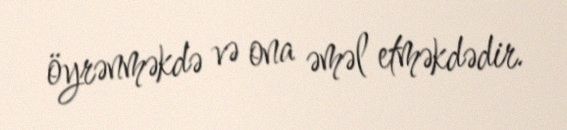
öyrənməkdə və ona əməl etməkdədir.